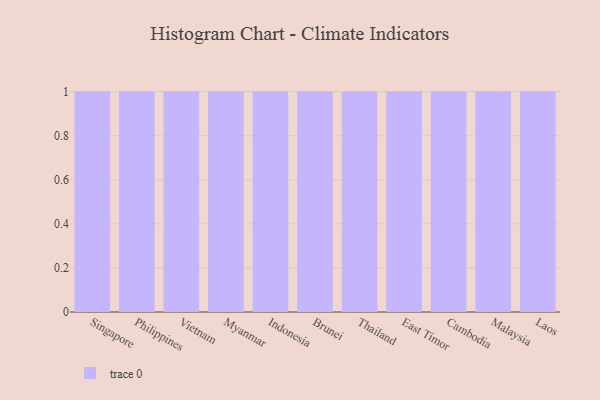
{"axis": {"x": "Country", "y": "Bounce Rate (%)"}, "legend": [""], "data": [{"x": "Singapore", "y": 95, "type": ""}, {"x": "Philippines", "y": 11, "type": ""}, {"x": "Vietnam", "y": 97, "type": ""}, {"x": "Myanmar", "y": 100, "type": ""}, {"x": "Indonesia", "y": 83, "type": ""}, {"x": "Brunei", "y": 35, "type": ""}, {"x": "Thailand", "y": 79, "type": ""}, {"x": "East Timor", "y": 73, "type": ""}, {"x": "Cambodia", "y": 77, "type": ""}, {"x": "Malaysia", "y": 23, "type": ""}, {"x": "Laos", "y": 64, "type": ""}]}